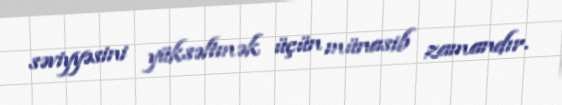
səviyyəsini yüksəltmək üçün münasib zamandır.